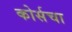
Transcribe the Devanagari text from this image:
कोर्सचा